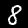
Digit: 8